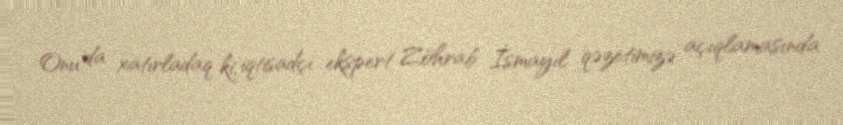
Onu da xatırladaq ki, iqtisadçı ekspert Zöhrab İsmayıl qəzetimizə açıqlamasında